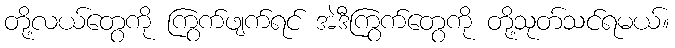
တို့လယ်တွေကို ကြွက်ဖျက်ရင် အဲဒီကြွက်တွေကို တို့သုတ်သင်ရမယ်။